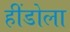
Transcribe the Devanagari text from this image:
हींडोला